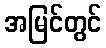
အမြင်တွင်